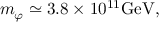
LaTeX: m _ { \varphi } \simeq 3 . 8 \times 1 0 ^ { 1 1 } \mathrm { G e V } ,